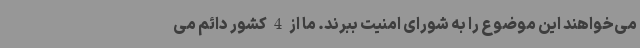
می‌خواهند این موضوع را به شورای امنیت ببرند. ما از 4 کشور دائم می